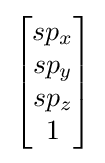
{\begin{bmatrix}sp_{x}\\sp_{y}\\sp_{z}\\1\end{bmatrix}}